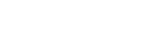
ပါစိတ္တိယာဒိပဉှာ